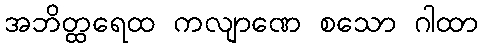
အဘိတ္ထရေထ ကလျာဏေ စသော ဂါထာ